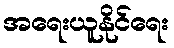
အရေးယူနိုင်ရေး